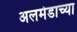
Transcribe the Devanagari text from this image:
अलमेडाच्या